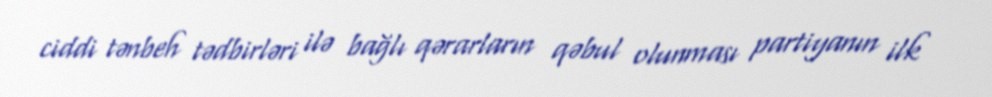
ciddi tənbeh tədbirləri ilə bağlı qərarların qəbul olunması partiyanın ilk